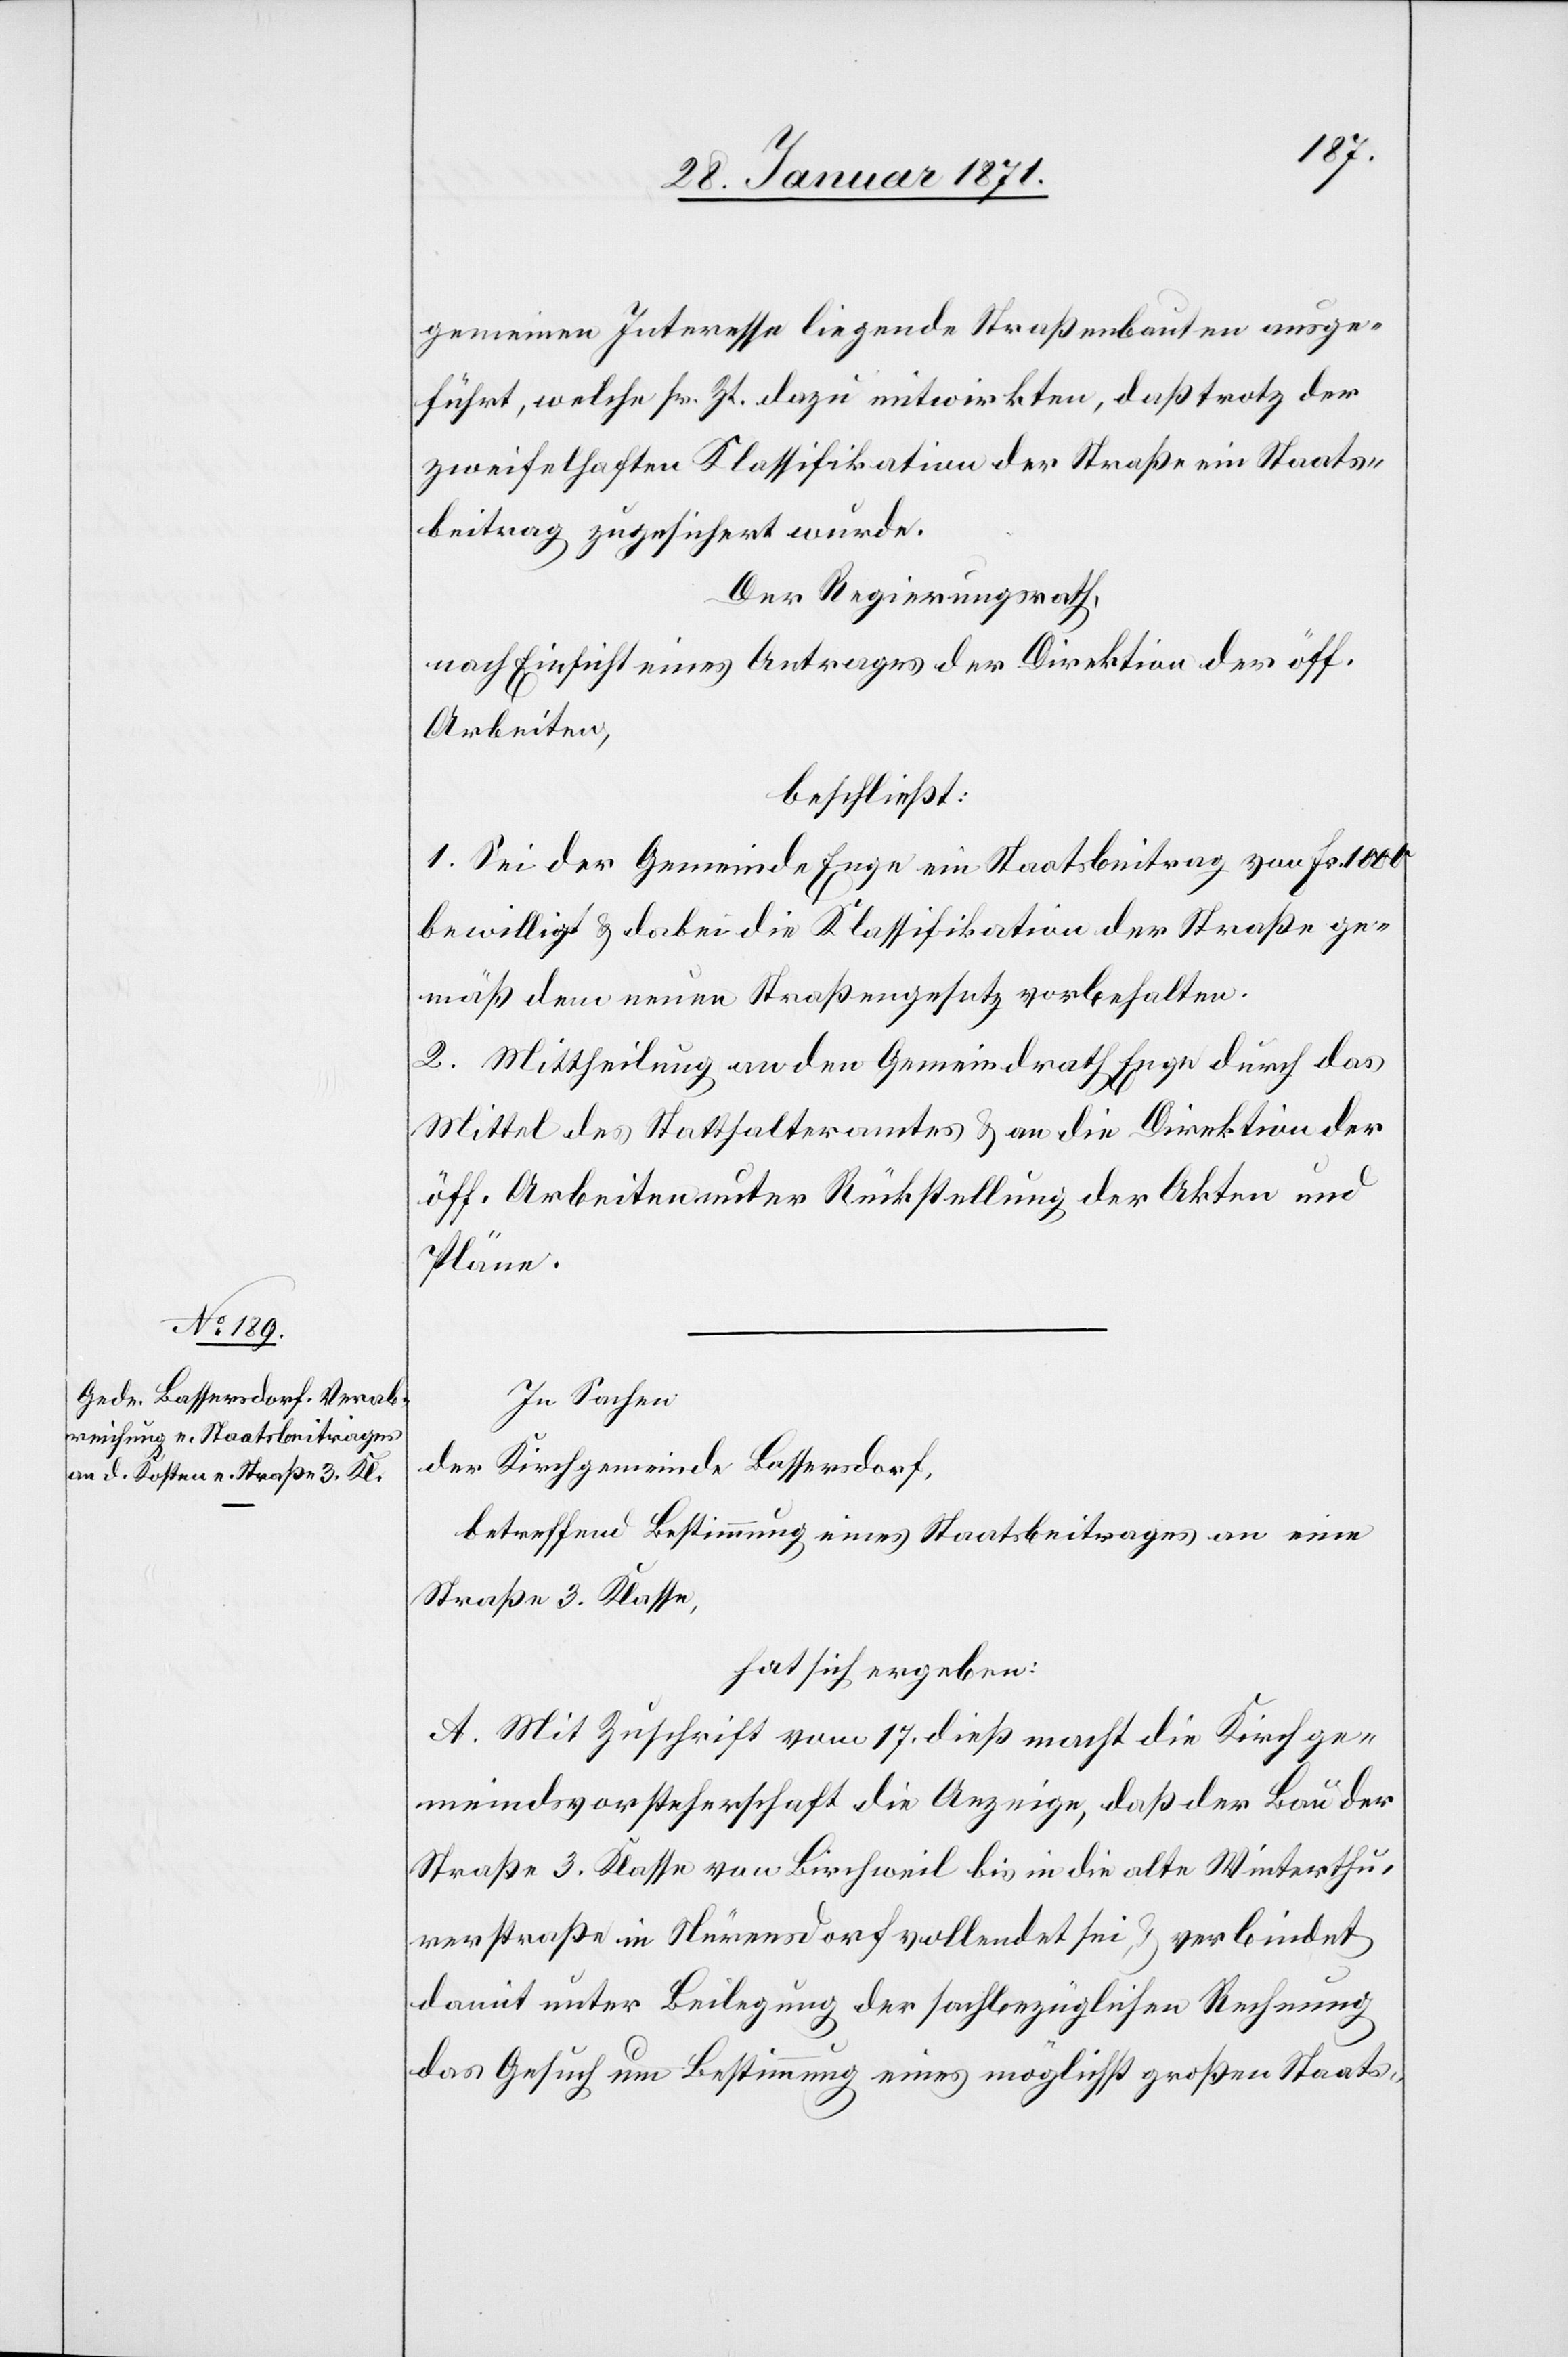
gemeinen Interesse liegende Straßenumbauten ausge¬
führt, welche sr. Zt. dazu mitwirkten, daß trotz der
zweifelhaften Klassifikation der Straße ein Staats¬
beitrag zugesichert wurde.
Der Regierungsrath,
nach Einsicht eines Antrages der Direktion der öff.
Arbeiten,
beschließt:
1. Sei der Gemeinde Enge ein Staatsbeitrag von Fr. 1000
bewilligt u. dabei die Klassifikation der Straße ge¬
mäß dem neuen Straßengesetz vorbehalten.
2. Mittheilung an den Gemeindrath Enge durch das
Mittel des Statthalteramtes u. an die Direktion der
öff. Arbeiten unter Rückstellung der Akten und
Pläne.
In Sachen
der Kirchgemeinde Bassersdorf,
betreffend Bestimmung eines Staatsbeitrages an eine
Straße 3. Klasse,
hat sich ergeben:
A. Mit Zuschrift vom 17. dieß macht die Kirchge¬
meindsvorsteherschaft die Anzeige, daß der Bau der
Straße 3. Klasse von Birchweil bis in die alte Winterthu¬
rerstraße in Nürensdorf vollendet sei u. verbindet
damit unter Beilegung der sachbezüglichen Rechnung
das Gesuch um Bestimmung eines möglichst großen Staats-